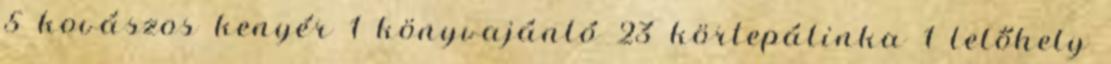
5 kovászos kenyér 1 könyvajánló 23 körtepálinka 1 lelőhely